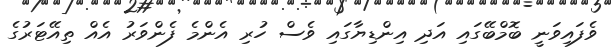
ވެފައިވަނީ ބޮމްބޭގައި އަދި އިންޑިޔާގައި ވެސް ހުރި އެންމެ ފެންވަރު އެއް ތިއޭޓަރުގެ